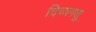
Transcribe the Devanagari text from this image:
दिव्यपशु